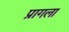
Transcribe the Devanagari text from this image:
प्रागला